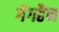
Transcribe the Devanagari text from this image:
गेगहैन